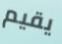
يقيم